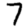
Digit: 7